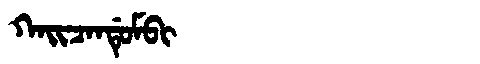
Manchu: ᡴᠠᡳᠴᠠᠨᡩᡠᠮᠪᡳ
Romanization: KAICANDUMBI